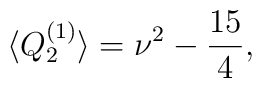
\langle Q_2^{(1)}\rangle=\nu^2-\frac{15}{4},